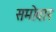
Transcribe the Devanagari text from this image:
समोवार